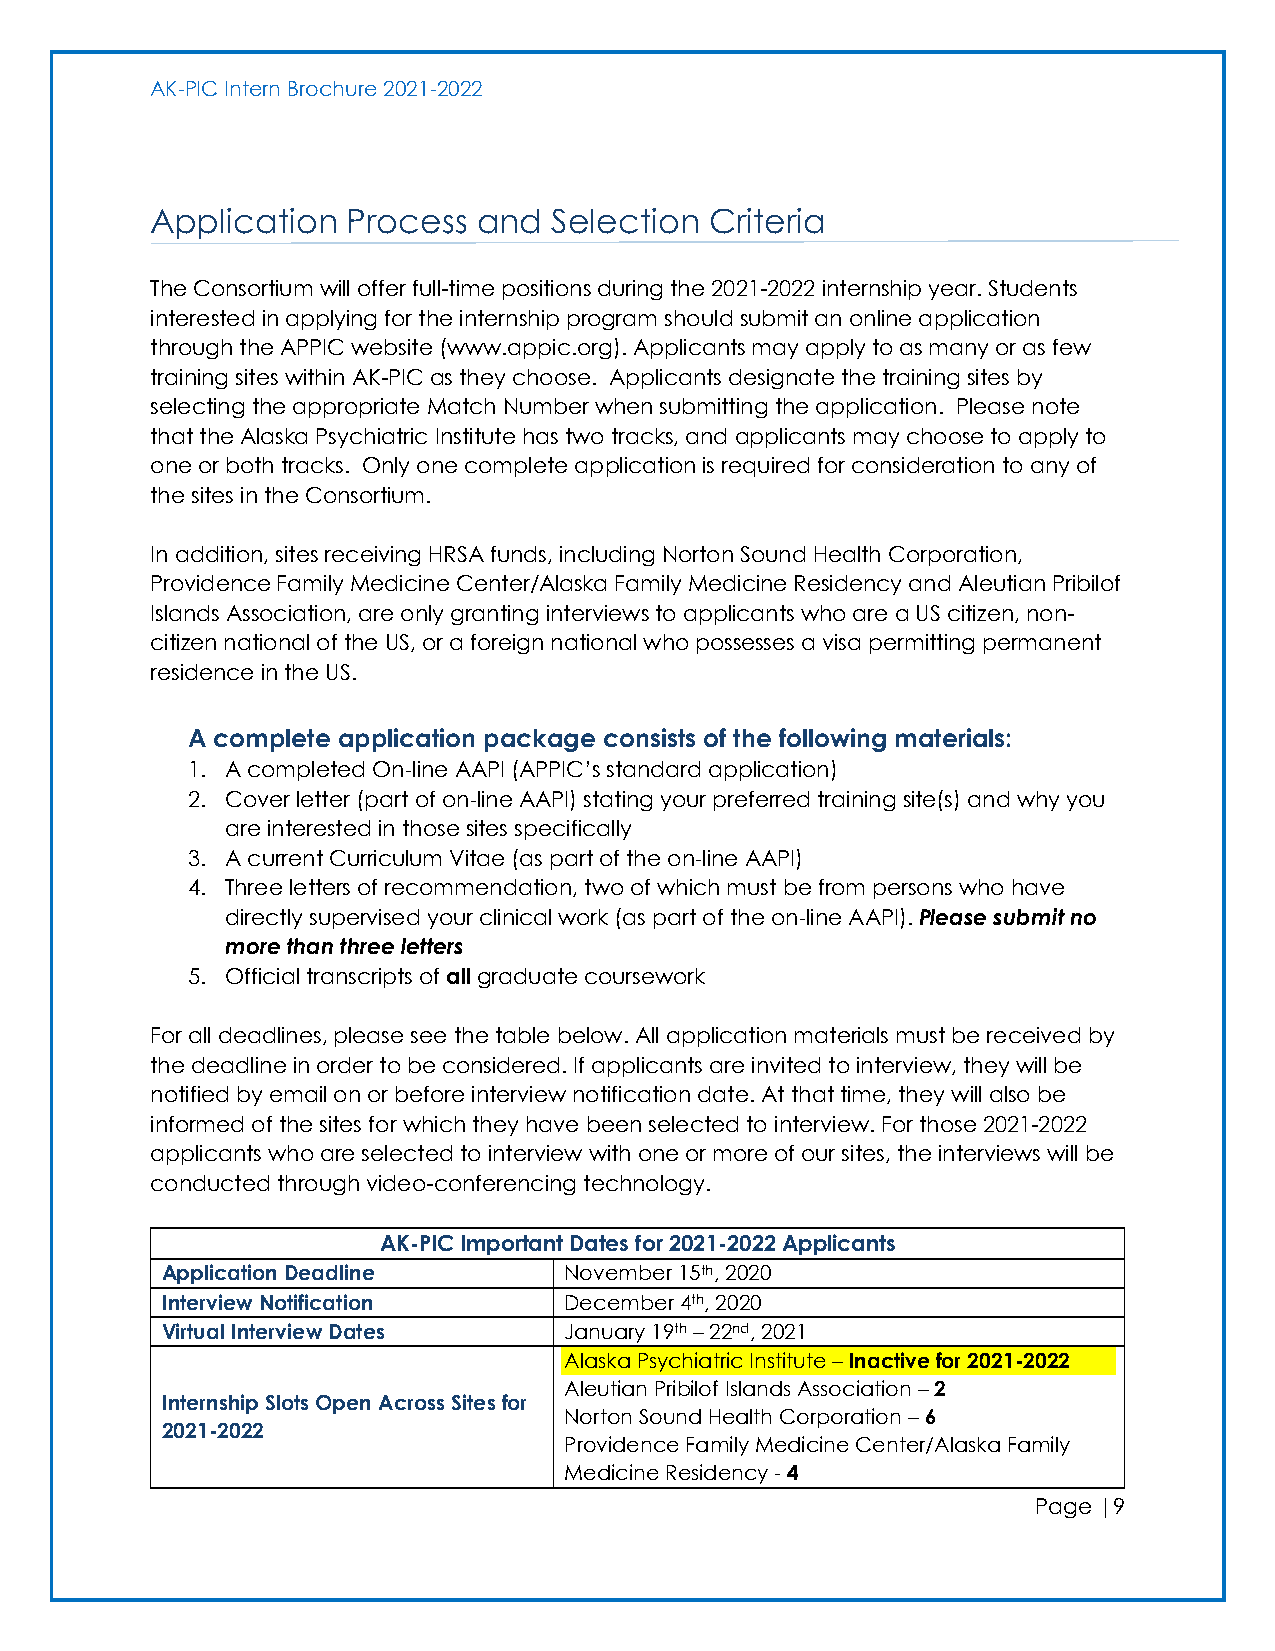
AK-PIC Intern Brochure 2021-2022
 Application  Process  and  Selection Criteria
 The Consortium will offer full-time positions during the 2021-2022 internship year. Students
 interested in applying for the internship program should submit an online application
 through the APPIC website (www.appic.org). Applicants may apply to as many or as few
 training sites within AK-PIC as they choose. Applicants designate the training sites by
 selecting the appropriate Match Number when submitting the application. Please note
 that the Alaska Psychiatric Institute has two tracks, and applicants may choose to apply to
 one or both tracks. Only one complete application is required for consideration to any of
 the sites in the Consortium.
 In addition, sites receiving HRSA funds, including Norton Sound Health Corporation,
 Providence Family Medicine Center/Alaska Family Medicine Residency and Aleutian Pribilof
 Islands Association, are only granting interviews to applicants who are a US citizen, non-
 citizen national of the US, or a foreign national who possesses a visa permitting permanent
 residence in the US.
 A complete application package consists of the following materials:
 1. A completed On‐line AAPI (APPIC’s standard application)
 2. Cover letter (part of on‐line AAPI) stating your preferred training site(s) and why you
 are interested in those sites specifically
 3. A current Curriculum Vitae (as part of the on‐line AAPI)
 4. Three letters of recommendation, two of which must be from persons who have
 directly supervised your clinical work (as part of the on‐line AAPI). Please submit no
 more than three letters
 5. Official transcripts of all graduate coursework
 For all deadlines, please see the table below. All application materials must be received by
 the deadline in order to be considered. If applicants are invited to interview, they will be
 notified by email on or before interview notification date. At that time, they will also be
 informed of the sites for which they have been selected to interview. For those 2021-2022
 applicants who are selected to interview with one or more of our sites, the interviews will be
 conducted through video-conferencing technology.
 AK-PIC Important Dates for 2021-2022 Applicants
 Application Deadline      November 15th, 2020
 Interview Notification    December 4th, 2020
 Virtual Interview Dates   January 19th – 22nd, 2021
 Alaska Psychiatric Institute – Inactive for 2021-2022
 Aleutian Pribilof Islands Association – 2
 Internship Slots Open Across Sites for
 Norton Sound Health Corporation – 6
 2021-2022
 Providence Family Medicine Center/Alaska Family
 Medicine Residency - 4
 Page |9